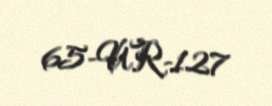
65-UR-127